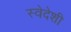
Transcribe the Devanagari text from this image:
स्वेदेशी